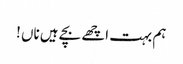
ہم بہت اچھے بچے ہیں ناں !